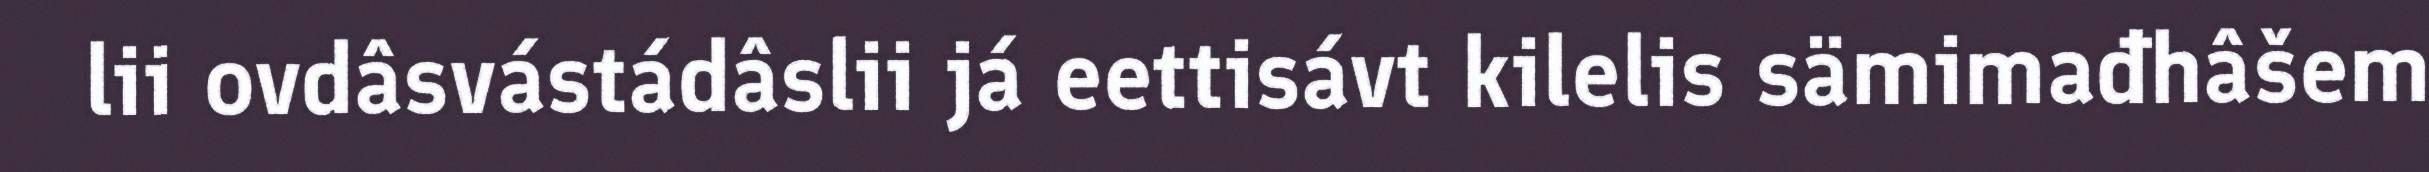
lii ovdâsvástádâslii já eettisávt kilelis sämimađhâšem